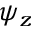
\psi _ { z }